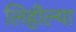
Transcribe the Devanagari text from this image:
लिहील्या